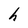
Character: h